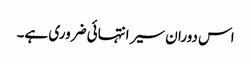
اس دوران سیر انتہائی ضروری ہے۔